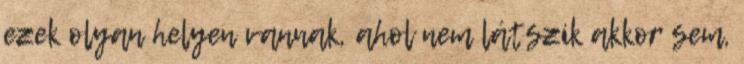
ezek olyan helyen vannak, ahol nem látszik akkor sem,